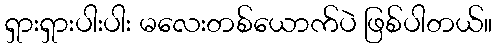
ရှားရှားပါးပါး မလေးတစ်ယောက်ပဲ ဖြစ်ပါတယ်။